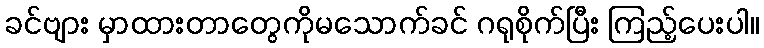
ခင်ဗျား မှာထားတာတွေကိုမသောက်ခင် ဂရုစိုက်ပြီး ကြည့်ပေးပါ။